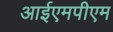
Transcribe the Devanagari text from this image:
आईएमपीएम